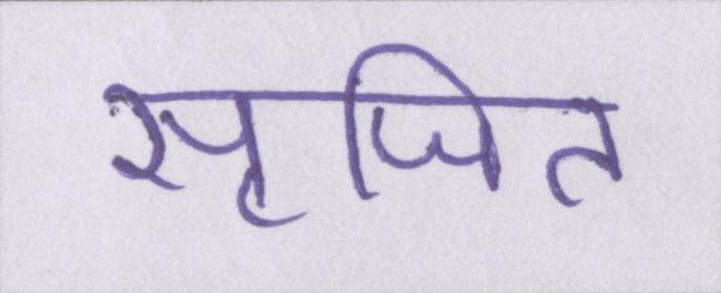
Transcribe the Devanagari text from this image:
सृजित